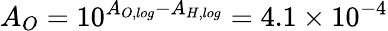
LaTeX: A_{O}=10^{A_{O,log}-A_{H,log}}=4.1\times 10^{-4}